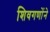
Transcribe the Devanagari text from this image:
शिवगणोंने